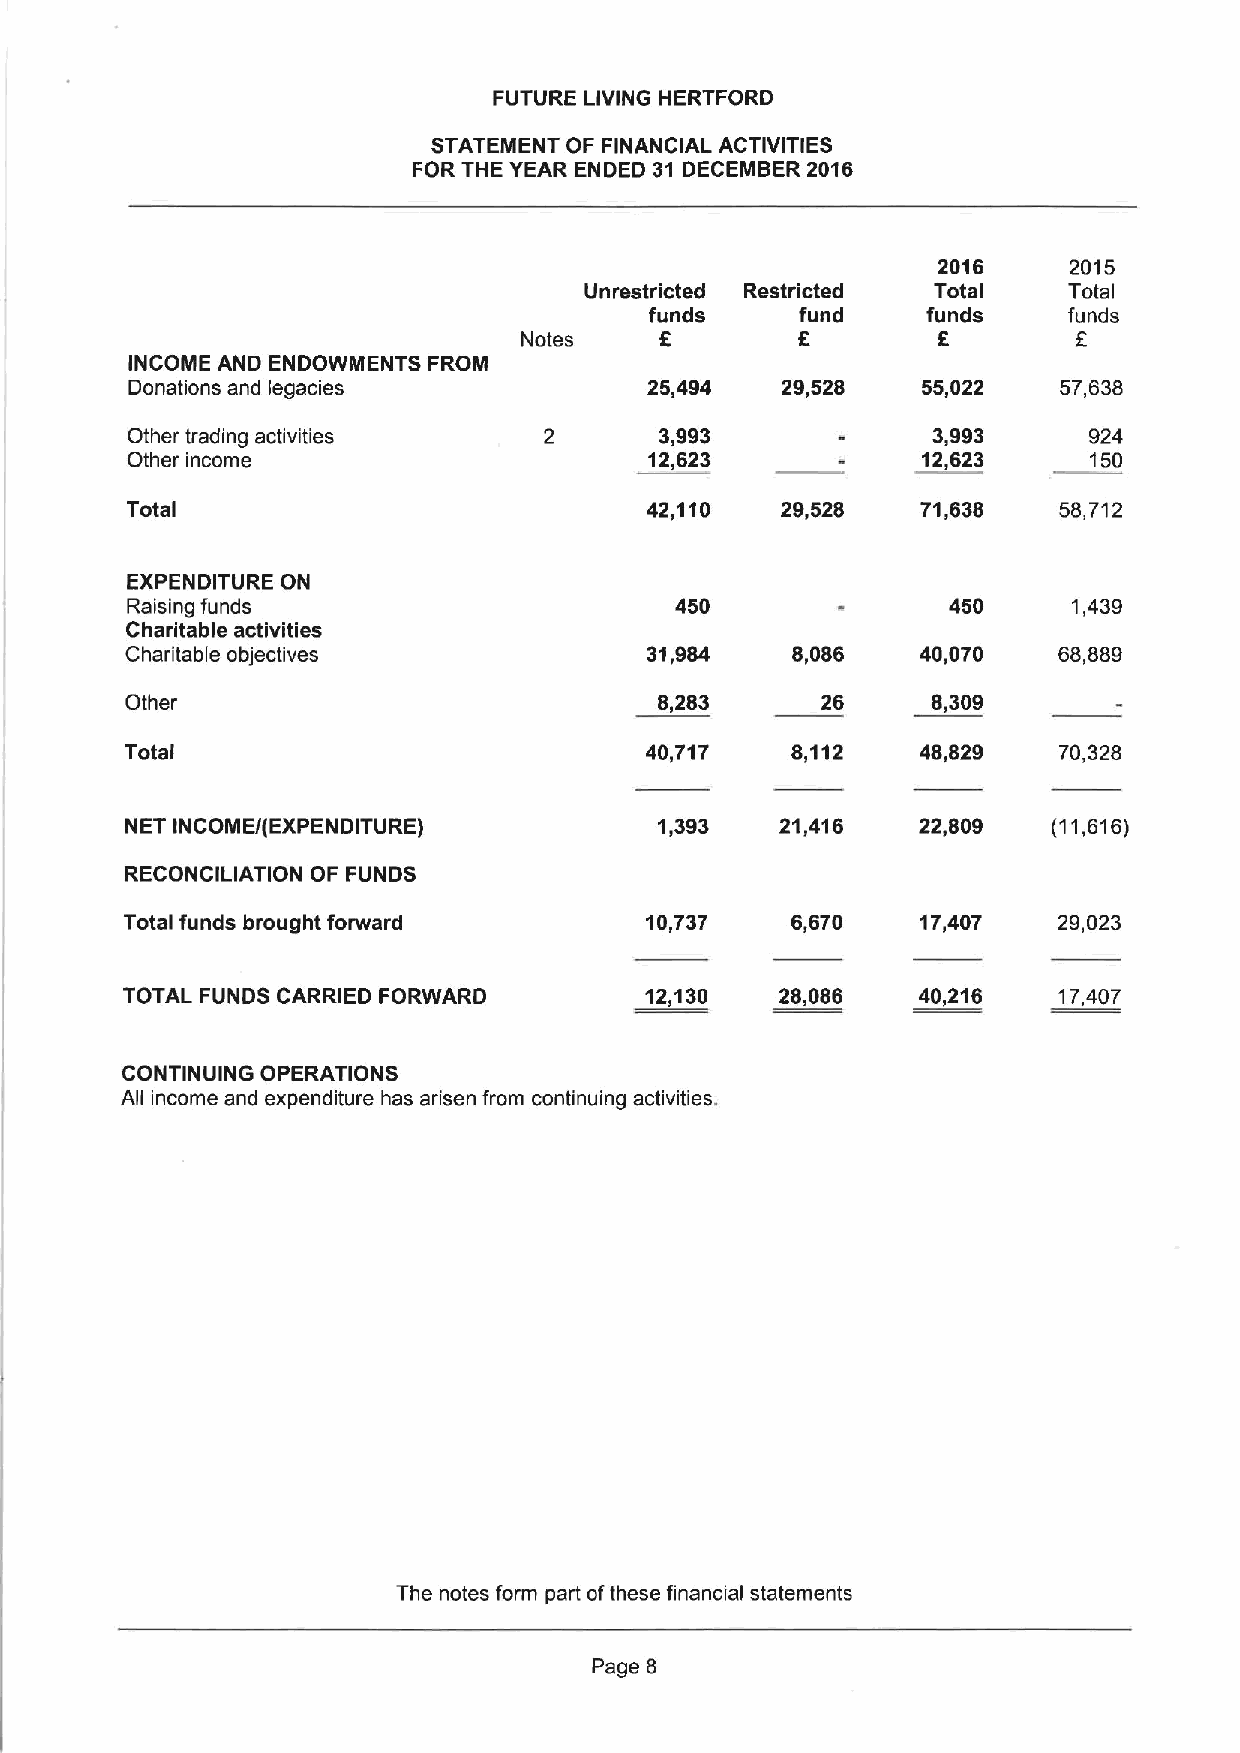
FUTURE LIVING HERTFORD
 STATEMENT OF FINANCIAL ACTIVITIES
 FOR THE YEAR ENDED 31 DECEMBER 2016
 2016     2015
 Unrestricted Restricted Total   Total
 funds     fund    funds     funds
 Notes     K        6        F
 INCOME AND ENDOWMENTS FROM
 Donations and legacies             25,494   29,528   55,022   57,638
 Other trading activities    2       3,993             3,993     924
 Other income                       12,623            12,623     150
 Total                              42,110   29,528   71,638   58,712
 EXPENDITURE ON
 Raising funds                        450               450     1,439
 Charitable activities
 Charitable objectives              31,984   8,086    40,070   68,889
 Other                               8,283     26      8,309
 Total                              40,717   8,112    48,829   70,328
 NET INCOME/(EXPENDITURE)            1,393   21,416   22,809   (11,616)
 RECONCILIATION OF FUNDS
 Total funds brought forward        10,737   6,670    17,407   29,023
 TOTAL FUNDS CARRIED FORWARD        12,130   28,086   40,216   17,407
 CONTINUING OPERATIONS
 All income and expenditure has arisen from continuing activities.
 The notes form part ofthese financial statements
 Page 8